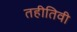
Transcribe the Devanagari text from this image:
तहीतिवी